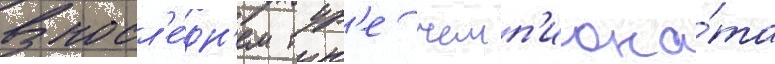
В посл'е́дн'ем тур'е чемп'иона́та